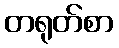
တရုတ်စာ